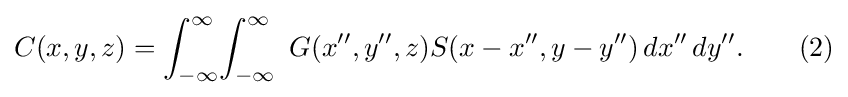
C(x,y,z)=\int _{-\infty }^{\infty }\!\int _{-\infty }^{\infty }\ G(x'',y'',z)S(x-x'',y-y'')\,dx''\,dy''.\qquad (2)